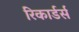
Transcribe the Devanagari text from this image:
रिकार्डर्स